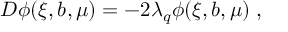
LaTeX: { \cal D } \phi ( \xi , b , \mu ) = - 2 \lambda _ { q } \phi ( \xi , b , \mu ) \; ,